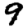
Digit: 9